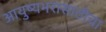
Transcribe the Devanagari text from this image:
आयुष्यभरासाठीचा